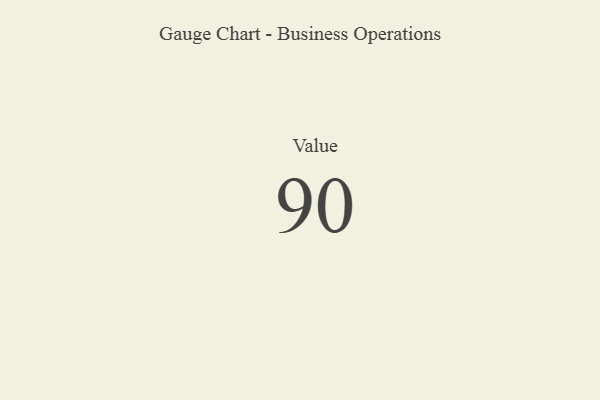
{"axis": {"x": "Metric", "y": "Value"}, "legend": [""], "data": [{"x": "Value", "y": 90, "type": ""}]}